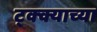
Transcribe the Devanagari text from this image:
ट्क्क्याच्या